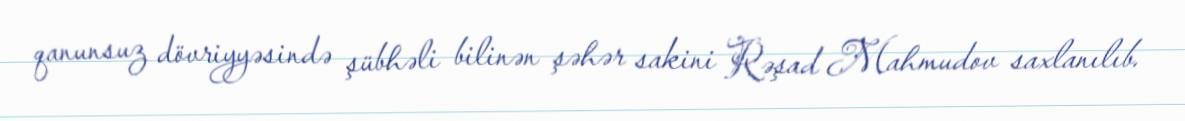
qanunsuz dövriyyəsində şübhəli bilinən şəhər sakini Rəşad Mahmudov saxlanılıb.